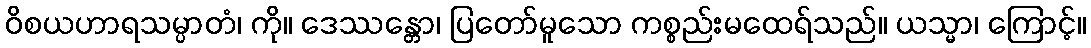
ဝိစယဟာရသမ္ပာတံ၊ ကို။ ဒေဿန္တော၊ ပြတော်မူသော ကစ္စည်းမထေရ်သည်။ ယသ္မာ၊ ကြောင့်။